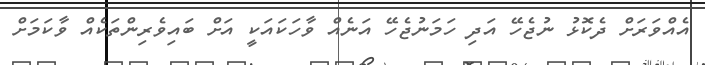
އެއްވަރަށް ދެކޮޅު ނުޖެހޭ އަދި ހަމަނުޖެހޭ އަނެއް ވާހަކައަކީ އަށް ބައިވެރިންތަކެއް ވާކަމަށް